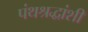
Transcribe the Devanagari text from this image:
पंथश्रद्धांशी